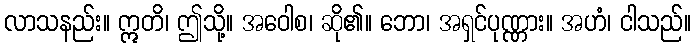
လာသနည်း။ ဣတိ၊ ဤသို့။ အဝေါစ၊ ဆို၏။ ဘော၊ အရှင်ပုဏ္ဏား။ အဟံ၊ ငါသည်။